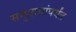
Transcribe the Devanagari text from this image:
समुदायांपर्यंत